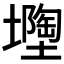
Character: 𡒘